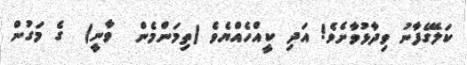
ކަލޭގެފާނު ވިދާޅުވާށެވެ! އަދި ކީއްހެއްޔެވެ (ތިމަންމެން  ވާނީ)  ގެ މަގުން